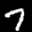
Digit: 7